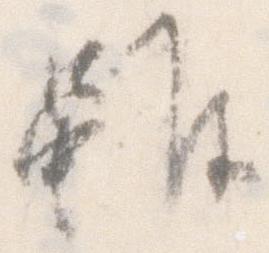
雖